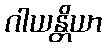
ဂါယန္တိယာ